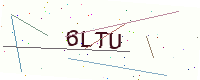
Text: 6LTU